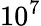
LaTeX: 10^{7}